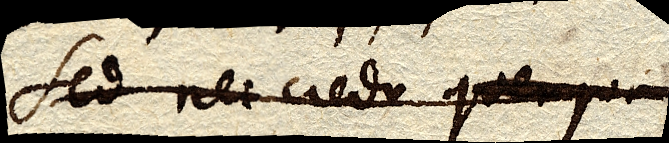
Sed nec credo quamquam